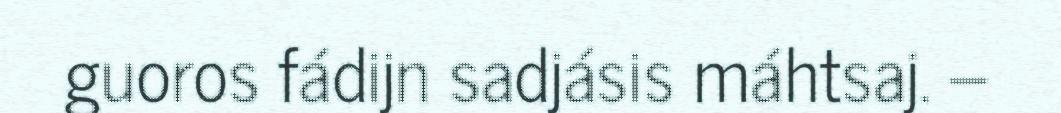
guoros fádijn sadjásis máhtsaj. –